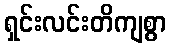
ရှင်းလင်းတိကျစွာ